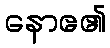
နောဧ၏